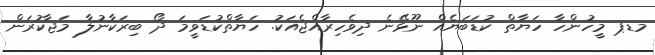
މޑޕ މީހުންހާ ހަޔާތް ކުޑަބަޔެއް ނޫޅޭނެ ދިވެހިރާއްޖެއަކު. ހަޔާތްކުޑަވީމަ ދޯ ބިރަކާނުލާ މަޖާކުރަން